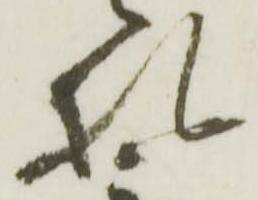
札